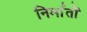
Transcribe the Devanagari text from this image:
निर्मातों